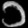
Digit: ၁